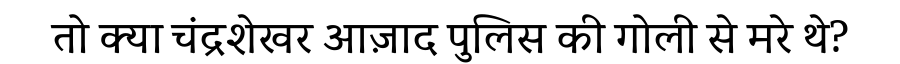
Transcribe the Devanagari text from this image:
तो क्या चंद्रशेखर आज़ाद पुलिस की गोली से मरे थे?